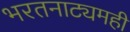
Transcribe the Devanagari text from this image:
भरतनाट्यमही